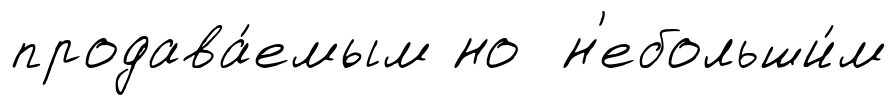
продава́емым но н'ебольши́м